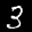
Label: 3